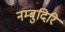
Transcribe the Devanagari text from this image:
नम्बुदिरि